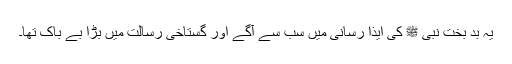
یہ بد بخت نبی ﷺ کی ایذا رسانی میں سب سے آگے اور گستاخیٔ رسالت میں بڑا بے باک تھا۔